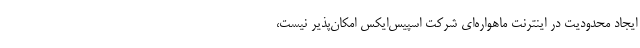
ایجاد محدودیت در اینترنت ماهواره‌ای شرکت اسپیس‌ایکس امکان‌پذیر نیست،